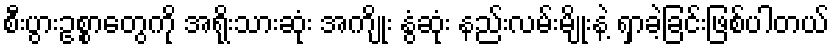
စီးပွားဥစ္စာတွေကို အရိုးသားဆုံး အကျိုး နွံဆုံး နည်းလမ်းမျိုးနဲ့ ရှာခဲ့ခြင်းဖြစ်ပါတယ်